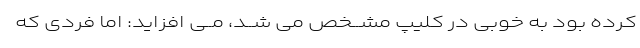
کرده بود به خوبى در کلیپ مشــخص مى شــد، مــى افزاید: اما فردى که